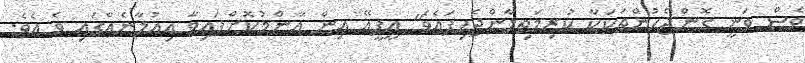
ވެސް ވަނީ ގޮންޖެހުންތަކަކާ ކުރިމަތިލާންޖެހިފައެވެ" އީޕީއޭ އިން އާންމުކޮށްފައިވާ އިއުލާނެއްގައި ވެ އެވެ.